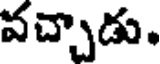
వచ్చాడు.